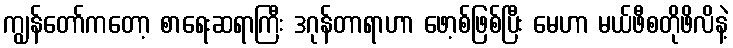
ကျွန်တော်ကတော့ စာရေးဆရာကြီး ဒဂုန်တာရာဟာ ဖော့စ်ဖြစ်ပြီး မေဟာ မယ်ဖီစတိုဖိလိနဲ့